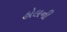
હોલની